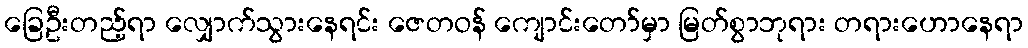
ခြေဦးတည့်ရာ လျှောက်သွားနေရင်း ဇေတဝန် ကျောင်းတော်မှာ မြတ်စွာဘုရား တရားဟောနေရာ